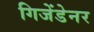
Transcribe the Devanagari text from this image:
गिजेंडेनर